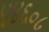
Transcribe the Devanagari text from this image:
४४६०८